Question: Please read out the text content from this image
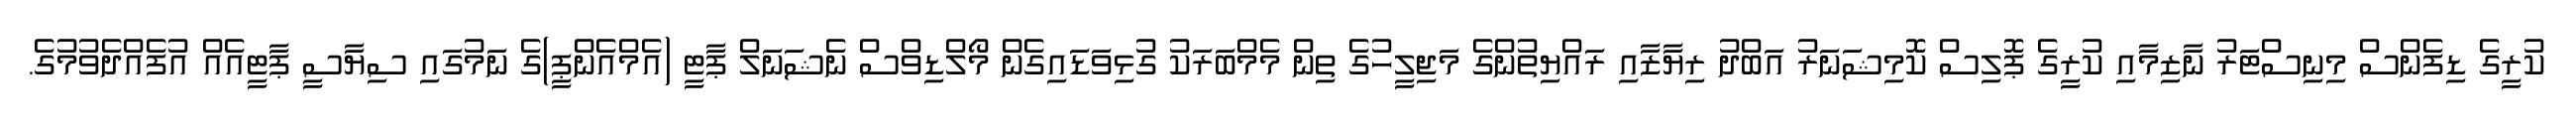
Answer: ކުރީގެ ޑިފެންސް މިނިސްޓަރު ނާޒިމާއި ކުރީގެ ޕޮލިސް ކޮމިޝަނަރު އަބްދު ރިޔާޒާއި ރައްޔިތުންގެ މަޖިލީހުގެ ތިން މެމްބަރަކު ގުޅިވަޑައިގެން މޯލްޑިވްސް ނެޝަނަލް ޕާޓީ (އެމްއެންޕީ)ގެ ނަމުގައި ސިޔާސީ ޕާޓީއެއް އުފެއްދެވުމުގެ.